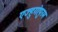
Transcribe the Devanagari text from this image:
एज्हुगोपुरम